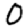
Digit: 0